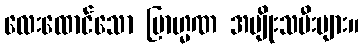
လေးထောင်သော ဗြာဟ္မဏ အမျိုးသမီးများ။